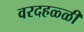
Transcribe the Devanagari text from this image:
वरदहळ्ळी